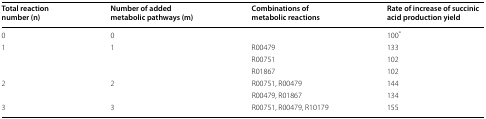
<table><thead><tr><td><b>Total reaction number (n)</b></td><td><b>Number of added metabolic pathways (m)</b></td><td><b>Combinations of metabolic reactions</b></td><td><b>Rate of increase of succinic acid production yield</b></td></tr></thead><tbody><tr><td>0</td><td>0</td><td></td><td>100<sup>*</sup></td></tr><tr><td>1</td><td>1</td><td>R00479</td><td>133</td></tr><tr><td></td><td></td><td>R00751</td><td>102</td></tr><tr><td></td><td></td><td>R01867</td><td>102</td></tr><tr><td>2</td><td>2</td><td>R00751, R00479</td><td>144</td></tr><tr><td></td><td></td><td>R00479, R01867</td><td>134</td></tr><tr><td>3</td><td>3</td><td>R00751, R00479, R10179</td><td>155</td></tr></tbody></table>